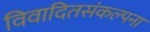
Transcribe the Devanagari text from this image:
विवादितसंकल्पना